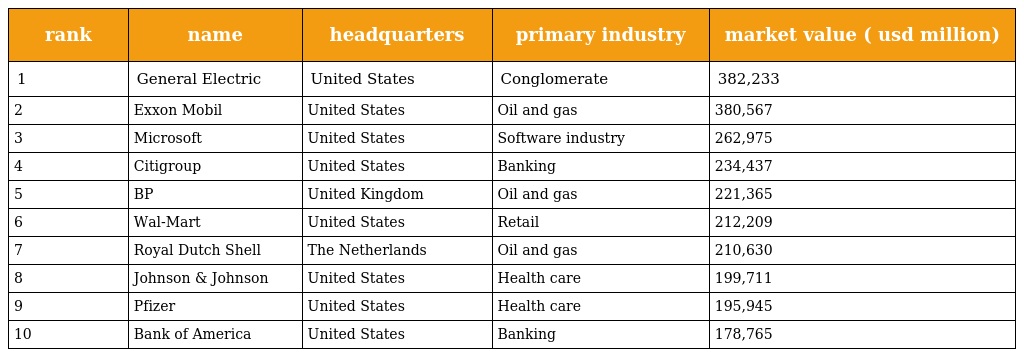
| rank | name | headquarters | primary industry | market value ( usd million) |
 | --- | --- | --- | --- | --- |
 | 1 | General Electric | United States | Conglomerate | 382,233 |
 | 2 | Exxon Mobil | United States | Oil and gas | 380,567 |
 | 3 | Microsoft | United States | Software industry | 262,975 |
 | 4 | Citigroup | United States | Banking | 234,437 |
 | 5 | BP | United Kingdom | Oil and gas | 221,365 |
 | 6 | Wal-Mart | United States | Retail | 212,209 |
 | 7 | Royal Dutch Shell | The Netherlands | Oil and gas | 210,630 |
 | 8 | Johnson & Johnson | United States | Health care | 199,711 |
 | 9 | Pfizer | United States | Health care | 195,945 |
 | 10 | Bank of America | United States | Banking | 178,765 |